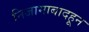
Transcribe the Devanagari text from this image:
निजामाबादहून